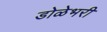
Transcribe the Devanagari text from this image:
डोळेभरी